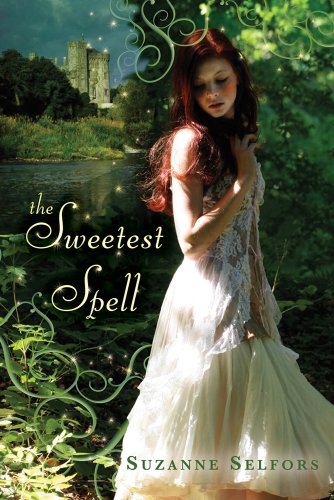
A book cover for The Sweetest Spell; Suzanne Selfors; Teen & Young Adult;